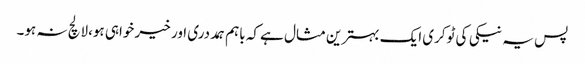
پس یہ نیکی کی ٹوکری ایک بہترین مثال ہے کہ باہم ہمددری اور خیر خواہی ہو،لالچ نہ ہو۔